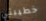
خطيبتي